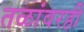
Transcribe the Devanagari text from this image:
तळांवरही